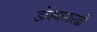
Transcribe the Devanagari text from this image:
डोक्यासारखी